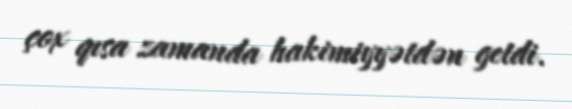
çox qısa zamanda hakimiyyətdən getdi.